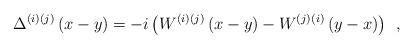
LaTeX: \begin{align*}\Delta ^{(i)(j)}\left( x-y\right)=-i\left(W^{(i)(j)}\left( x-y\right) -W^{(j)(i)}\left( y-x\right)\right) \;\,,\end{align*}